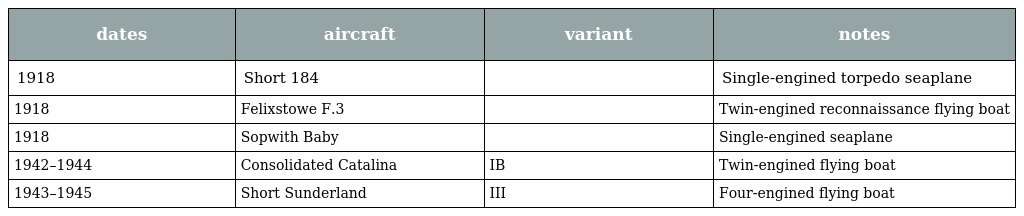
| dates | aircraft | variant | notes |
 | --- | --- | --- | --- |
 | 1918 | Short 184 |  | Single-engined torpedo seaplane |
 | 1918 | Felixstowe F.3 |  | Twin-engined reconnaissance flying boat |
 | 1918 | Sopwith Baby |  | Single-engined seaplane |
 | 1942–1944 | Consolidated Catalina | IB | Twin-engined flying boat |
 | 1943–1945 | Short Sunderland | III | Four-engined flying boat |